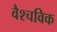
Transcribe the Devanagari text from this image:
वैश्चविक